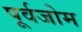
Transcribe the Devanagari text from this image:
पूर्वजोम